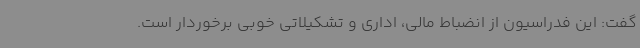
گفت: این فدراسیون از انضباط مالی، اداری و تشکیلاتی خوبی برخوردار است.